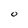
Character: O